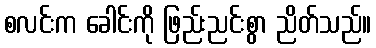
စလင်းက ခေါင်းကို ဖြည်းညင်းစွာ ညိတ်သည်။